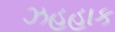
ઝહહાક